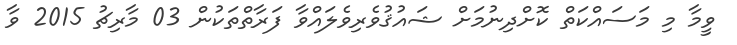
ވީމާ މި މަސައްކަތް ކޮށްދިނުމަށް ޝައުޤުވެރިވެލައްވާ ފަރާތްތަކުން 03 މާރިޗު 2015 ވާ